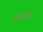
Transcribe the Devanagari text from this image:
पर्यटनक्षेत्र